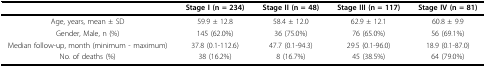
<table><thead><tr><td></td><td><b>Stage I (n = 234)</b></td><td><b>Stage II (n = 48)</b></td><td><b>Stage III (n = 117)</b></td><td><b>Stage IV (n = 81)</b></td></tr></thead><tbody><tr><td>Age, years, mean ± SD</td><td>59.9 ± 12.8</td><td>58.4 ± 12.0</td><td>62.9 ± 12.1</td><td>60.8 ± 9.9</td></tr><tr><td>Gender, Male, n (%)</td><td>145 (62.0%)</td><td>36 (75.0%)</td><td>76 (65.0%)</td><td>56 (69.1%)</td></tr><tr><td>Median follow-up, month (minimum - maximum)</td><td>37.8 (0.1-112.6)</td><td>47.7 (0.1-94.3)</td><td>29.5 (0.1-96.0)</td><td>18.9 (0.1-87.0)</td></tr><tr><td>No. of deaths (%)</td><td>38 (16.2%)</td><td>8 (16.7%)</td><td>45 (38.5%)</td><td>64 (79.0%)</td></tr></tbody></table>